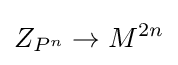
Z_{P^{n}}\rightarrow M^{2n}